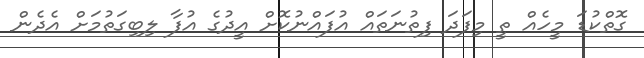
ގޮތްކުޑަ މީހެއް ތީ މިފަދަ ފިތުނަތައް އުފައްނުކޮށް އީދުގެ އުފާ ލިބިގަތުމަށް އެދެން